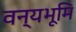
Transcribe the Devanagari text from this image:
वन्यभूमि